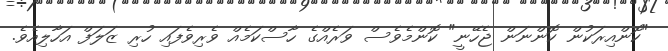
"ކޮންއިރަކުން ކޮންނަން ޖެހޭނީ" ކޮންމެވެސް ވަރެއްގެ ހާސްކަމެއް ވެރިވެފައި ހުރި ޒަލަފް އަހާލިއެވެ.